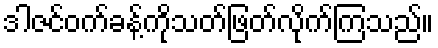
ဒါဇင်ဝက်ခန့်ကိုသတ်ဖြတ်လိုက်ကြသည်။